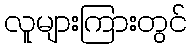
လူများကြားတွင်